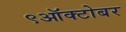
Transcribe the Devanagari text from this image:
९ऑक्टोबर